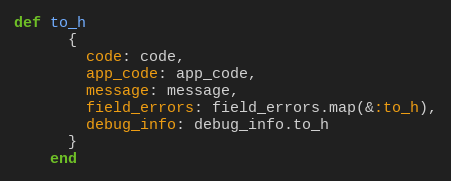
Language: Ruby
def to_h
      {
        code: code,
        app_code: app_code,
        message: message,
        field_errors: field_errors.map(&:to_h),
        debug_info: debug_info.to_h
      }
    end